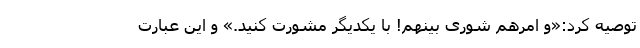
توصیه کرد:«و امرهم شوری بینهم! با یکدیگر مشورت کنید.» و این عبارت